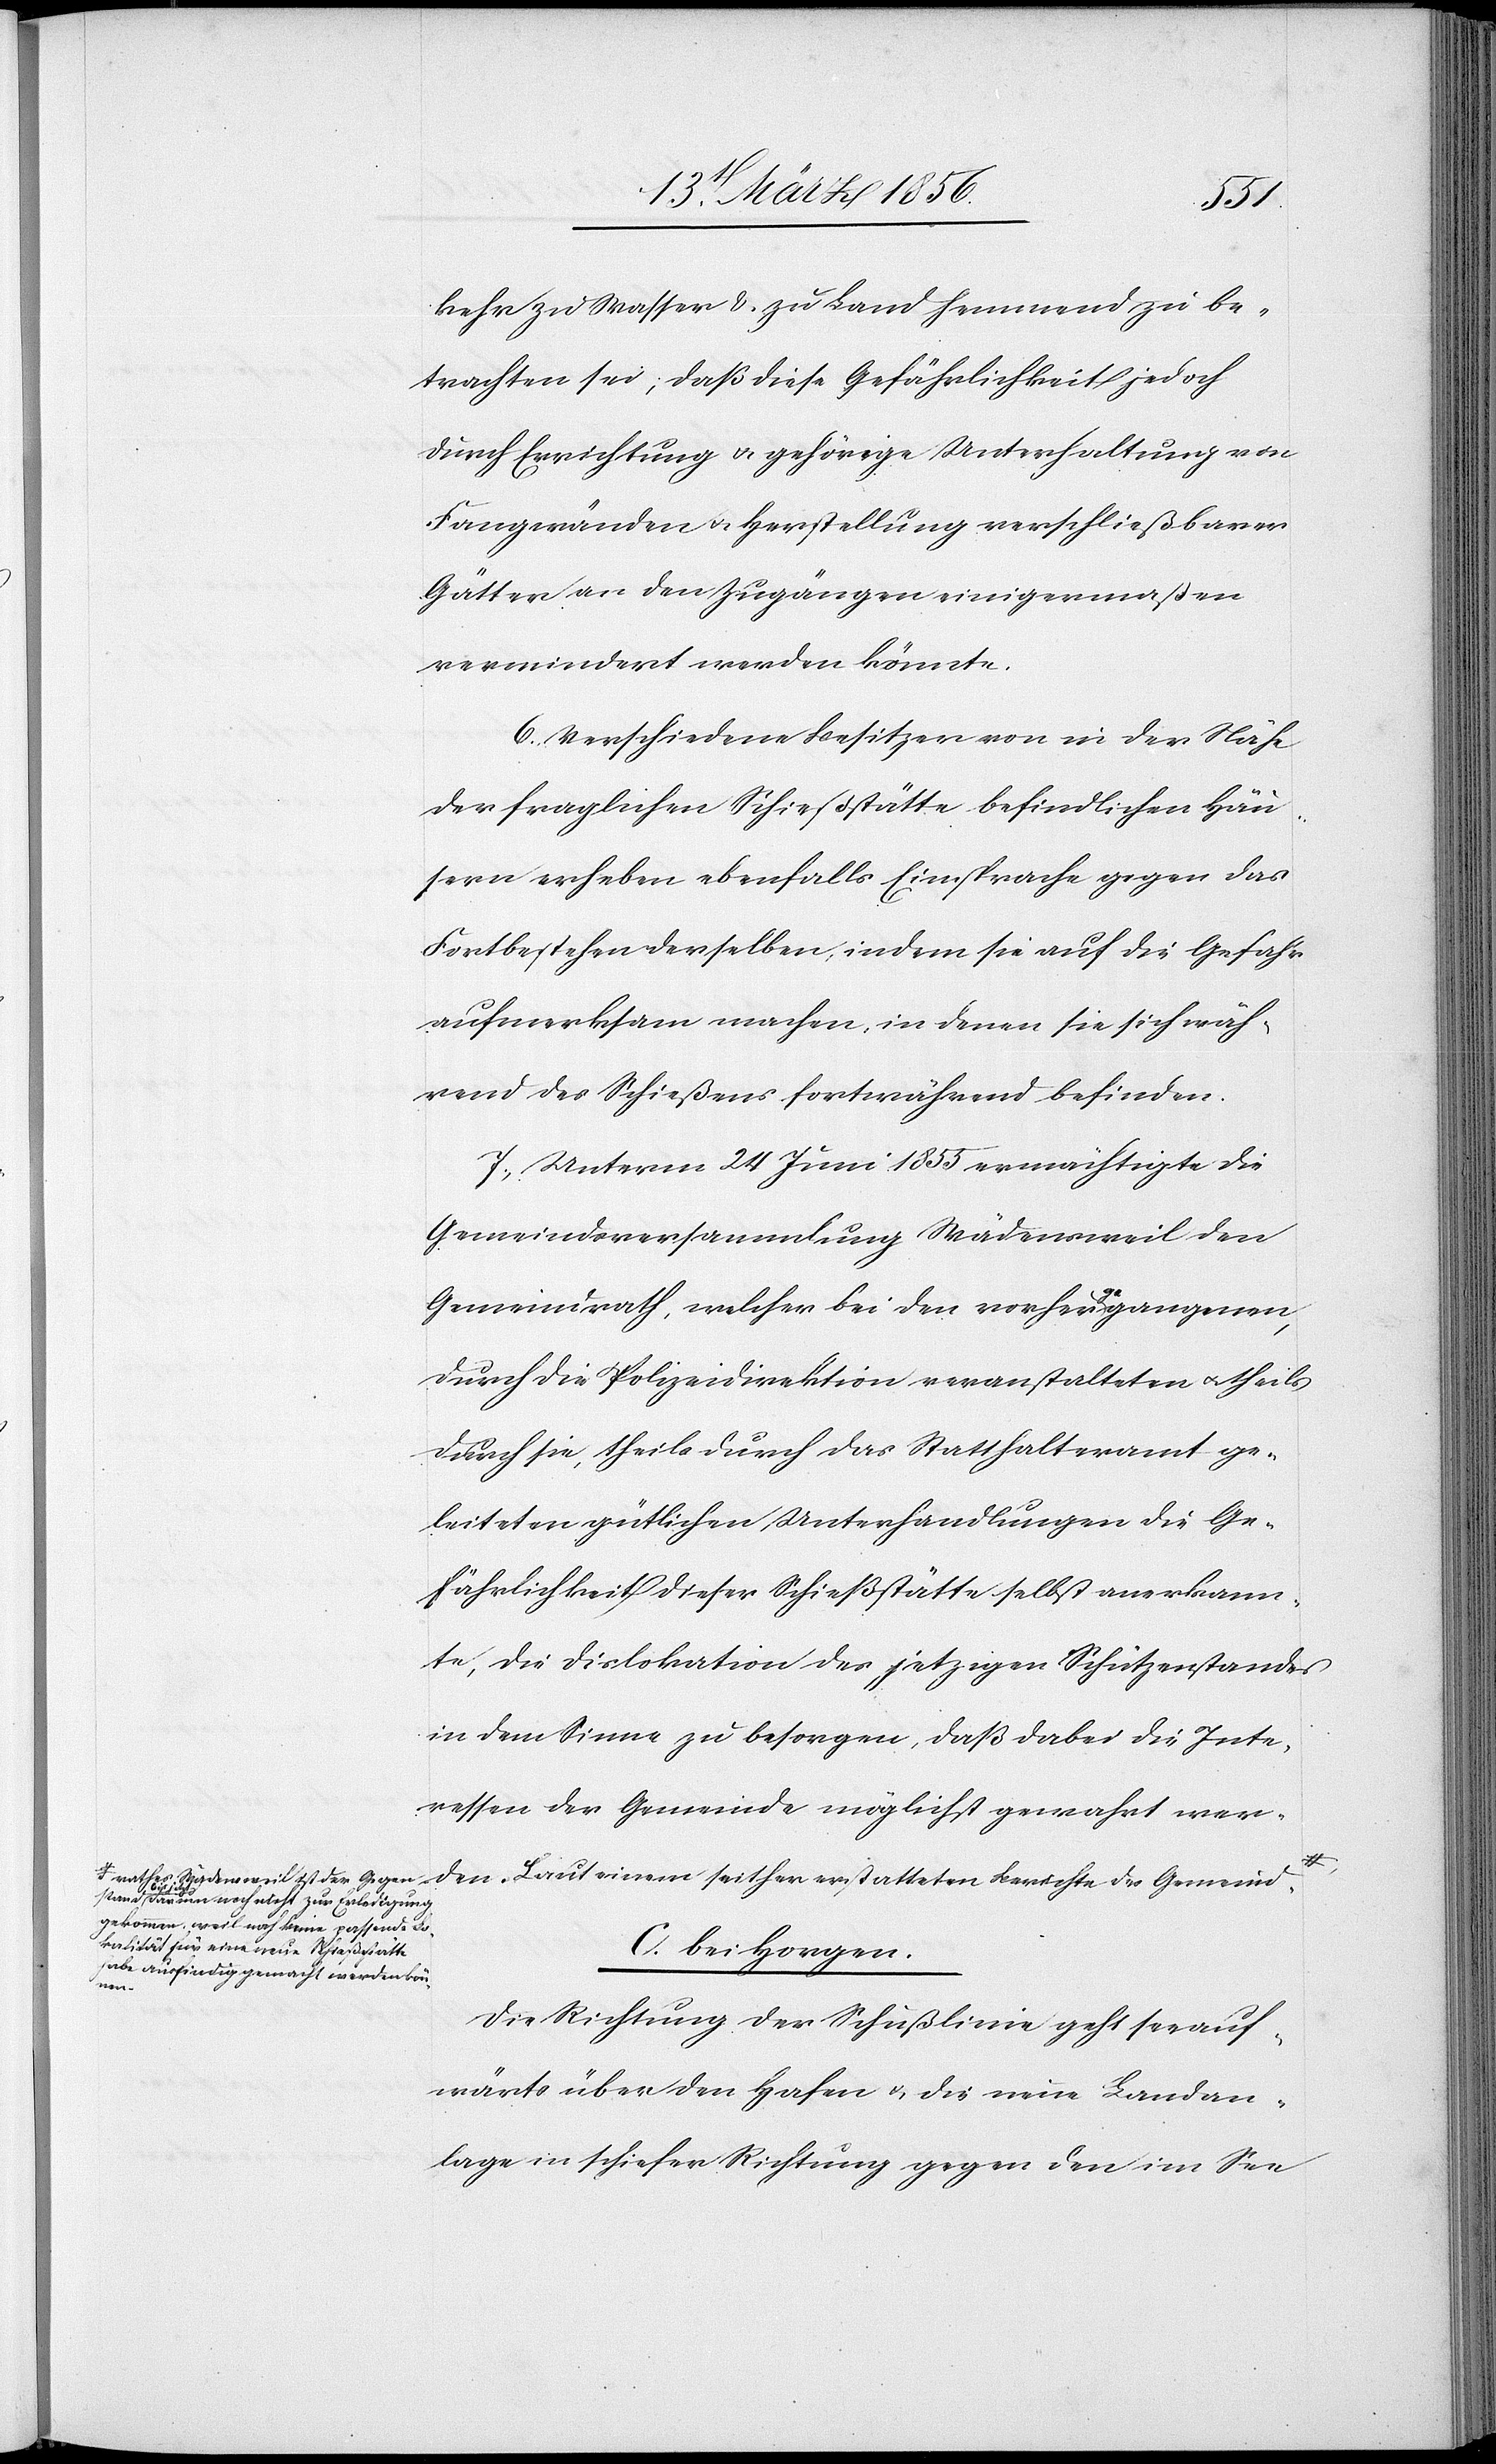
kehr zu Wasser & zu Land hemmend zu be¬
trachten sei; daß diese Gefährlichkeit jedoch
durch Errichtung u. gehörige Unterhaltung von
Fangwänden u. Herstellung verschließbarer
Gätter an den Zugängen einigermaßen
vermindert werden könnte.
6. Verschiedene Besitzer von in der Nähe
der fraglichen Schießstätte befindlichen Häu¬
sern erheben ebenfalls Einsprache gegen das
Fortbestehen derselben, indem sie auf die Gefahr
aufmerksam machen, in denen sie sich wäh¬
rend des Schießens fortwährend befinden.
7., Unterm 24 Juni 1855 ermächtigte die
Gemeindsversammlung Wädensweil den
Gemeindrath, welcher bei den vorhera-ge-agangenen,
durch die Polizeidirektion veranstalteten u. theils
durch sie, theils durch das Statthalteramt ge¬
leiteten gütlichen Unterhandlungen die Ge¬
fährlichkeit dieser Schießstätte selbst anerkann¬
te, die Dislokation des jetzigen Schützenstandes
in dem Sinne zu besorgen, daß dabei die Inte¬
ressen der Gemeinde möglichst gewahrt wer¬
den.
jetzt darum noch nicht zur Erledigung
gekommen, weil noch keine passende Lo¬
kalität für eine neue Schießstätte
C. bei Horgen.
habe ausfindig gemacht werden kön¬
nen.-a
Die Richtung der Schußlinie geht seeauf¬
wärts über den Hafen u. die neue Landan¬
lage in schiefer Richtung gegen den im See